Holstre_vallavalitsus, lk 70
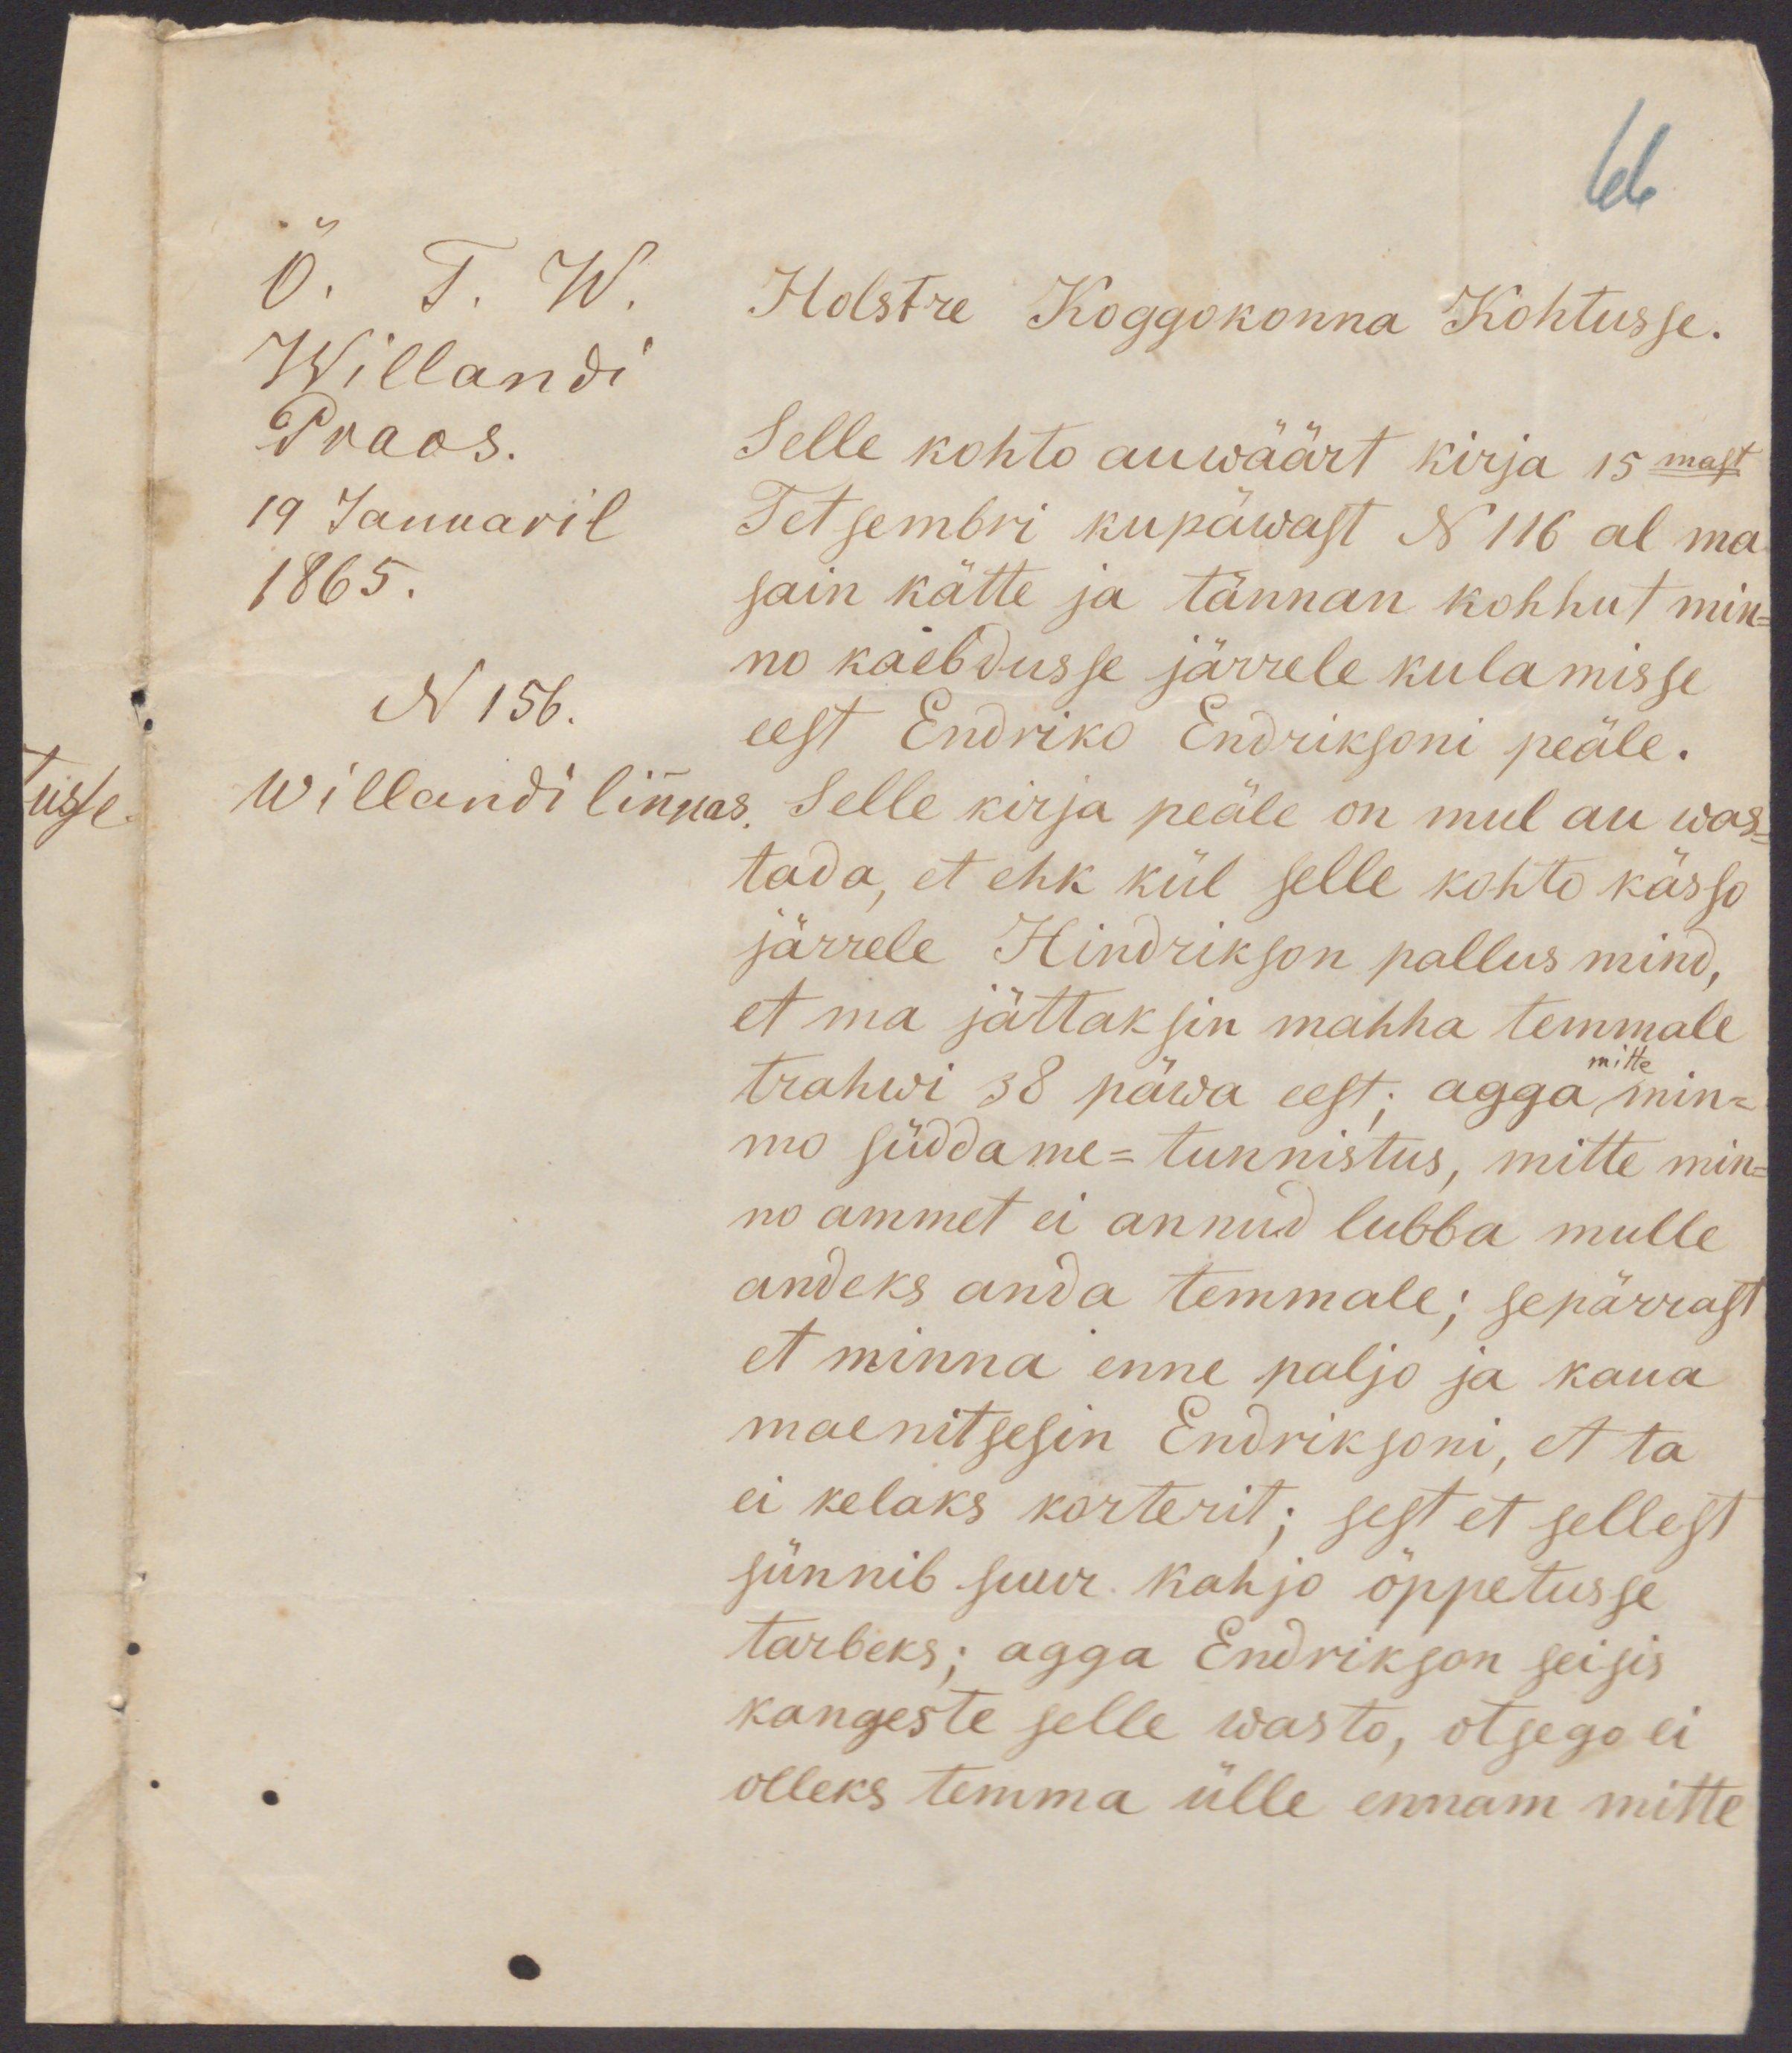
66
Õ. T. W.
Willandi
Praos.
19 Januaril
1865.
N 156.
Willandi linnas
Holstre Koggokonna Kohtusse.
Selle kohto auwäärt kirja 15mast
Tetsembri kupäwast N 116 al ma
sain kätte ja tännan kohhut min-
no kaebdusse järrele kulamisse
eest Endriko Endriksoni peäle.
Selle kirja peäle on mul au was-
tada, et ehk kül selle kohto kässo
järrele Hindrikson pallus mind,
et ma jättaksin mahha temmale
trahwi 38 päwa eest; agga mitte min-
mo süddame-tunnistus, mitte min-
no ammet ei annud lubba mulle
andeks anda temmale; sepärrast
et minna enne paljo ja kaua
maenitsesin Endriksoni, et ta
ei kelaks korterit; sest et sellest
sünnib suur kahjo õppetusse
tarbeks; agga Endrikson seisis
kangeste selle wasto, otsego ei
olleks temma ülle ennam mitte